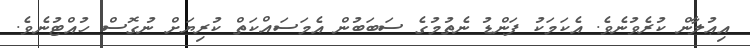
އިޢުލާން ކުރެވުނެވެ. އެކަމަކު ފަންޑު ނެތުމުގެ ސަބަބުން އެމަސައްކަތް ކުރިޔަށް ނުގޮސް ހުއްޓުނެވެ.